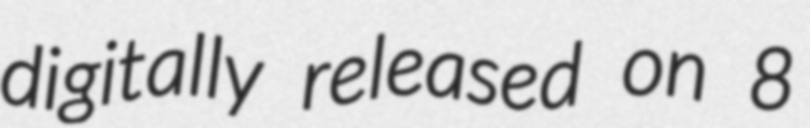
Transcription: digitally released on 8